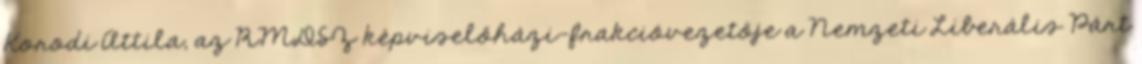
Korodi Attila, az RMDSZ képviselőházi-frakcióvezetője a Nemzeti Liberális Párt